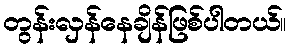
တွန်းလှန်နေချိန်ဖြစ်ပါတယ်။